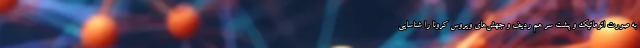
به صورت اتوماتیک و پشت سر هم ردیف و جهش‌های ویروس کرونا را شناسایی